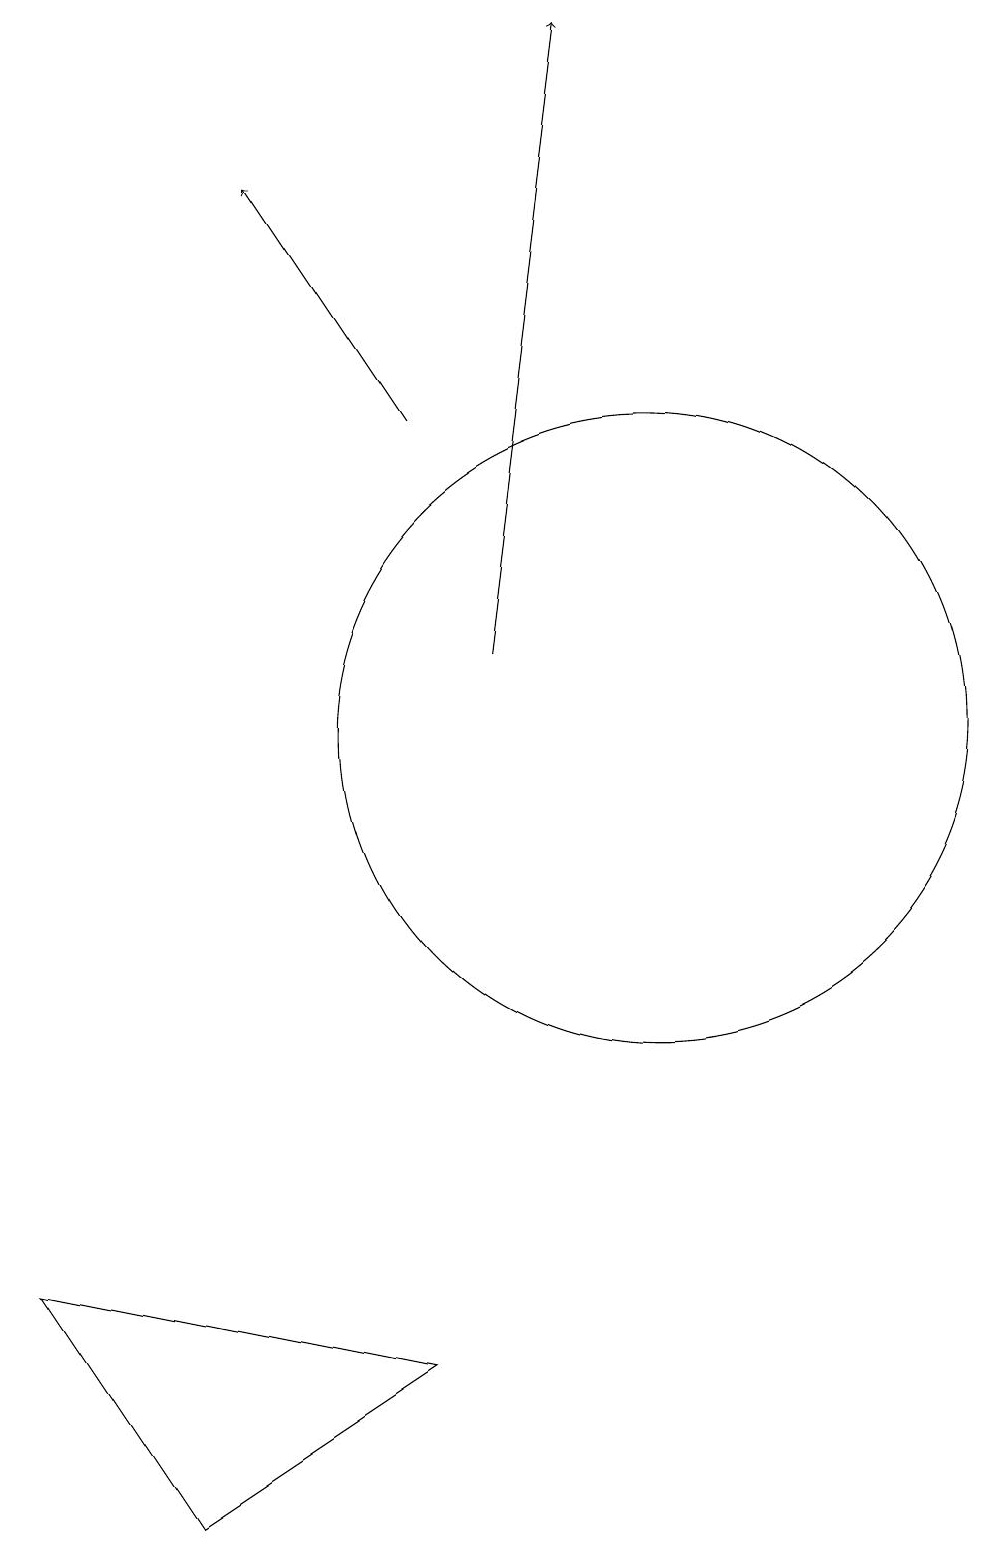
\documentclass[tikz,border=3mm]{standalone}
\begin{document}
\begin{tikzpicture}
\draw (10,10) circle (4);
\draw[->] (7,14) -- (5,17);
\draw[->] (8,11) -- (9,19);
\draw (4,0) -- (7,2) -- (2,3) -- cycle;
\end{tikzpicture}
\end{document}